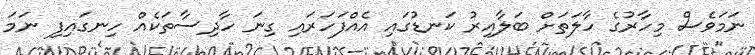
ނަމަވެސް މިހާރުގެ ހާލަތަށް ބަލާއިރު ކަނޑުގައި އެއްފަހަރައި ގިނަ ހާދިސާތަކެއް ހިނގައިފި ނަމަ